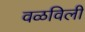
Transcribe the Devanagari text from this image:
वळविली